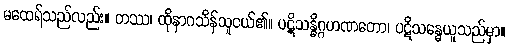
မထေရ်သည်လည်း။ တဿ၊ ထိုနာဂသိန်သူငယ်၏။ ပဋိသန္ဓိဂ္ဂဟဏတော၊ ပဋိသန္ဓေယူသည်မှာ။